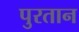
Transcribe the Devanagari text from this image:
पुरतान